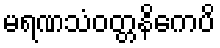
မရဏသံဝတ္တနိကေပိ